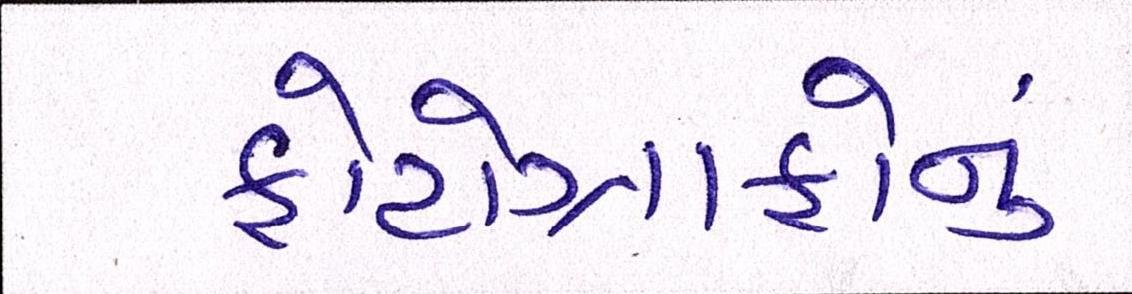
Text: ફોટોગ્રાફોનું